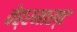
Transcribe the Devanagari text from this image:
वेह्रमाख्ट